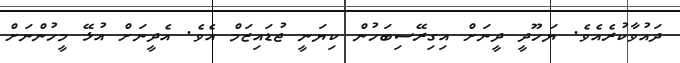
ދައުވާކުރެއެވެ. ޔަހޫދީ ދީނަށް އިގިރޭސިބަހުން ކިޔަނީ ޖުޑައިޒަމް އެވެ. އެދީނަށް އުޅޭ މީހުންނަށް